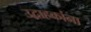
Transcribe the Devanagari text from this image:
उद्वाहकांना